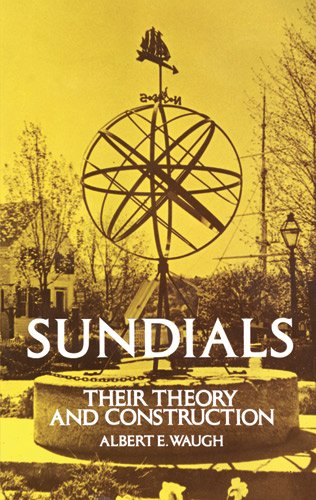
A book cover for Sundials: Their Theory and Construction; Albert Waugh; Science & Math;